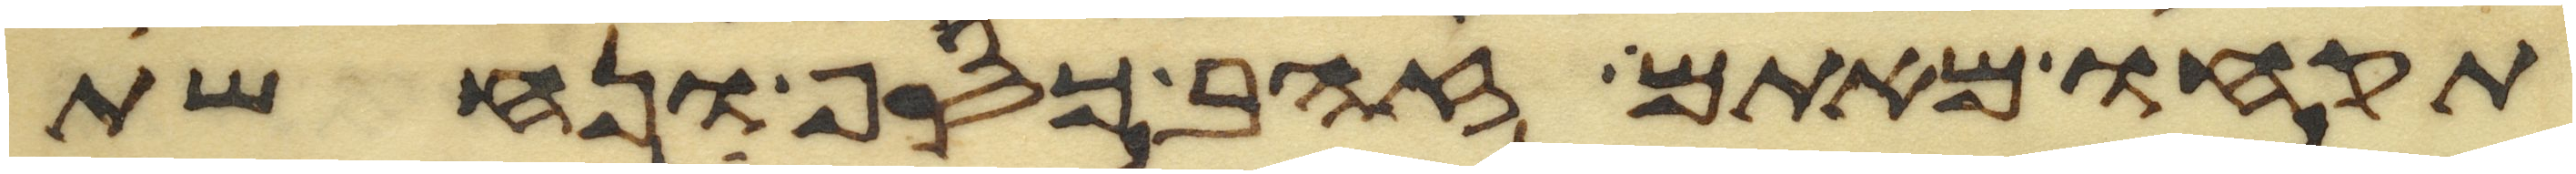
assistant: תקחו מאתם זהב כסף ונחשת